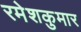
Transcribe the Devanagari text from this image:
रमेशकुमार